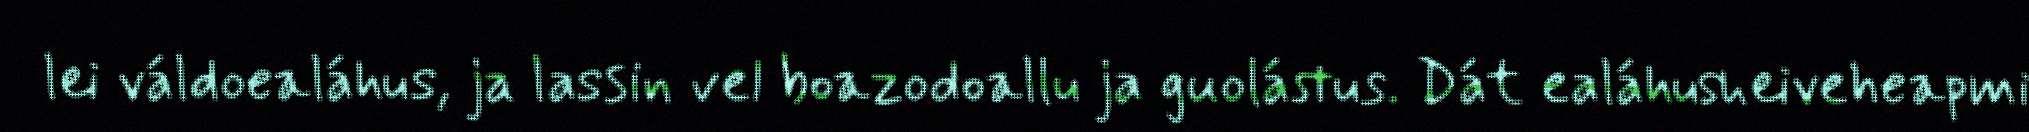
lei váldoealáhus, ja lassin vel boazodoallu ja guolástus. Dát ealáhusheiveheapmi